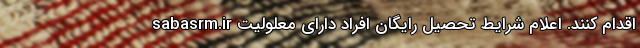
sabasrm.ir اقدام کنند. اعلام شرایط تحصیل رایگان افراد دارای معلولیت